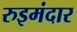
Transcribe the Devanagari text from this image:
रुइमंदार